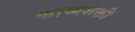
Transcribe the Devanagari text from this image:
काव्यशक्ती